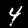
Label: 4